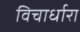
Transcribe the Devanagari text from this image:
विचार्धारा